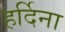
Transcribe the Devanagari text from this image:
हर्दिना